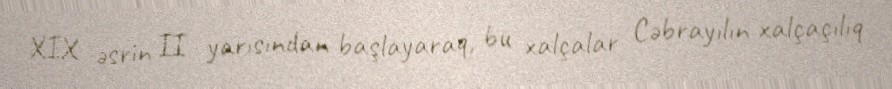
XIX əsrin II yarısından başlayaraq, bu xalçalar Cəbrayılın xalçaçılıq